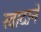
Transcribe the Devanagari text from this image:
खादानें